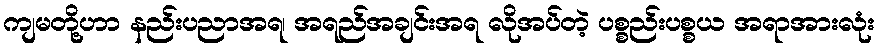
ကျမတို့ဟာ နည်းပညာအရ၊ အရည်အချင်းအရ လိုအပ်တဲ့ ပစ္စည်းပစ္စယ အရာအားလုံး